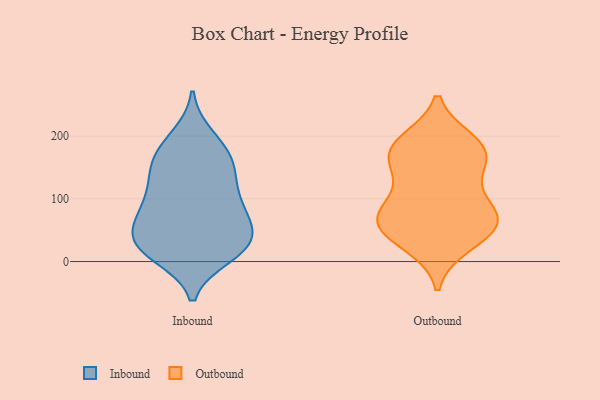
{"axis": {"x": "Latency (ms)", "y": "Value"}, "legend": ["Inbound", "Outbound"], "data": [{"x": "", "y": 167, "type": "Inbound"}, {"x": "", "y": 199, "type": "Inbound"}, {"x": "", "y": 31, "type": "Inbound"}, {"x": "", "y": 124, "type": "Inbound"}, {"x": "", "y": 20, "type": "Inbound"}, {"x": "", "y": 69, "type": "Inbound"}, {"x": "", "y": 79, "type": "Inbound"}, {"x": "", "y": 19, "type": "Inbound"}, {"x": "", "y": 161, "type": "Inbound"}, {"x": "", "y": 153, "type": "Inbound"}, {"x": "", "y": 186, "type": "Inbound"}, {"x": "", "y": 91, "type": "Inbound"}, {"x": "", "y": 50, "type": "Inbound"}, {"x": "", "y": 18, "type": "Inbound"}, {"x": "", "y": 43, "type": "Inbound"}, {"x": "", "y": 107, "type": "Inbound"}, {"x": "", "y": 32, "type": "Inbound"}, {"x": "", "y": 10, "type": "Inbound"}, {"x": "", "y": 138, "type": "Inbound"}, {"x": "", "y": 80, "type": "Inbound"}, {"x": "", "y": 185, "type": "Outbound"}, {"x": "", "y": 182, "type": "Outbound"}, {"x": "", "y": 37, "type": "Outbound"}, {"x": "", "y": 147, "type": "Outbound"}, {"x": "", "y": 55, "type": "Outbound"}, {"x": "", "y": 27, "type": "Outbound"}, {"x": "", "y": 171, "type": "Outbound"}, {"x": "", "y": 165, "type": "Outbound"}, {"x": "", "y": 191, "type": "Outbound"}, {"x": "", "y": 74, "type": "Outbound"}, {"x": "", "y": 121, "type": "Outbound"}, {"x": "", "y": 72, "type": "Outbound"}, {"x": "", "y": 71, "type": "Outbound"}, {"x": "", "y": 83, "type": "Outbound"}, {"x": "", "y": 59, "type": "Outbound"}]}